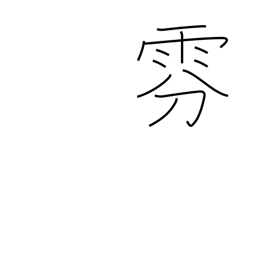
Meaning: fog